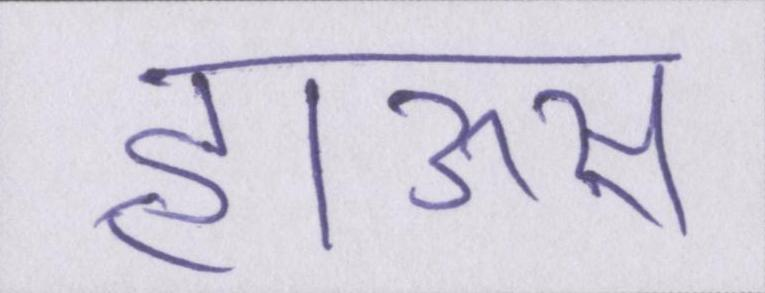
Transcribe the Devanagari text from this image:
हाऊस